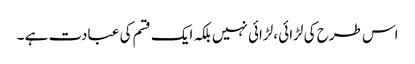
اس طرح کی لڑائی ،لڑائی نہیں بلکہ ایک قسم کی عبادت ہے ۔